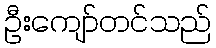
ဦးကျော်တင်သည်